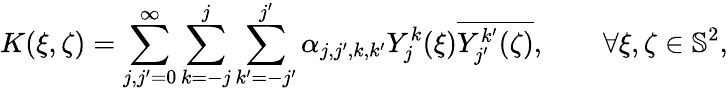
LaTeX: K(\xi,\zeta)=\sum_{j,j^{\prime}=0}^{\infty}\sum_{k=-j}^{j}\sum_{k^{\prime}=-j^{\prime}}^{j^{\prime}}\alpha_{j,j^{\prime},k,k^{\prime}}Y_{j}^{k}(\xi)\overline{{Y_{j^{\prime}}^{k^{\prime}}(\zeta)}},\qquad\forall\xi,\zeta\in{\mathbb{S}^{2}},